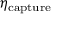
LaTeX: \eta _ { \mathrm { c a p t u r e } }